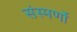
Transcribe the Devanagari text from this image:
संस्मर्णो